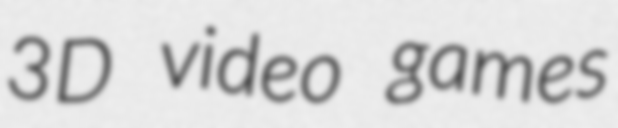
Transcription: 3D video games